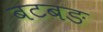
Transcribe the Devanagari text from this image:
बटबङ